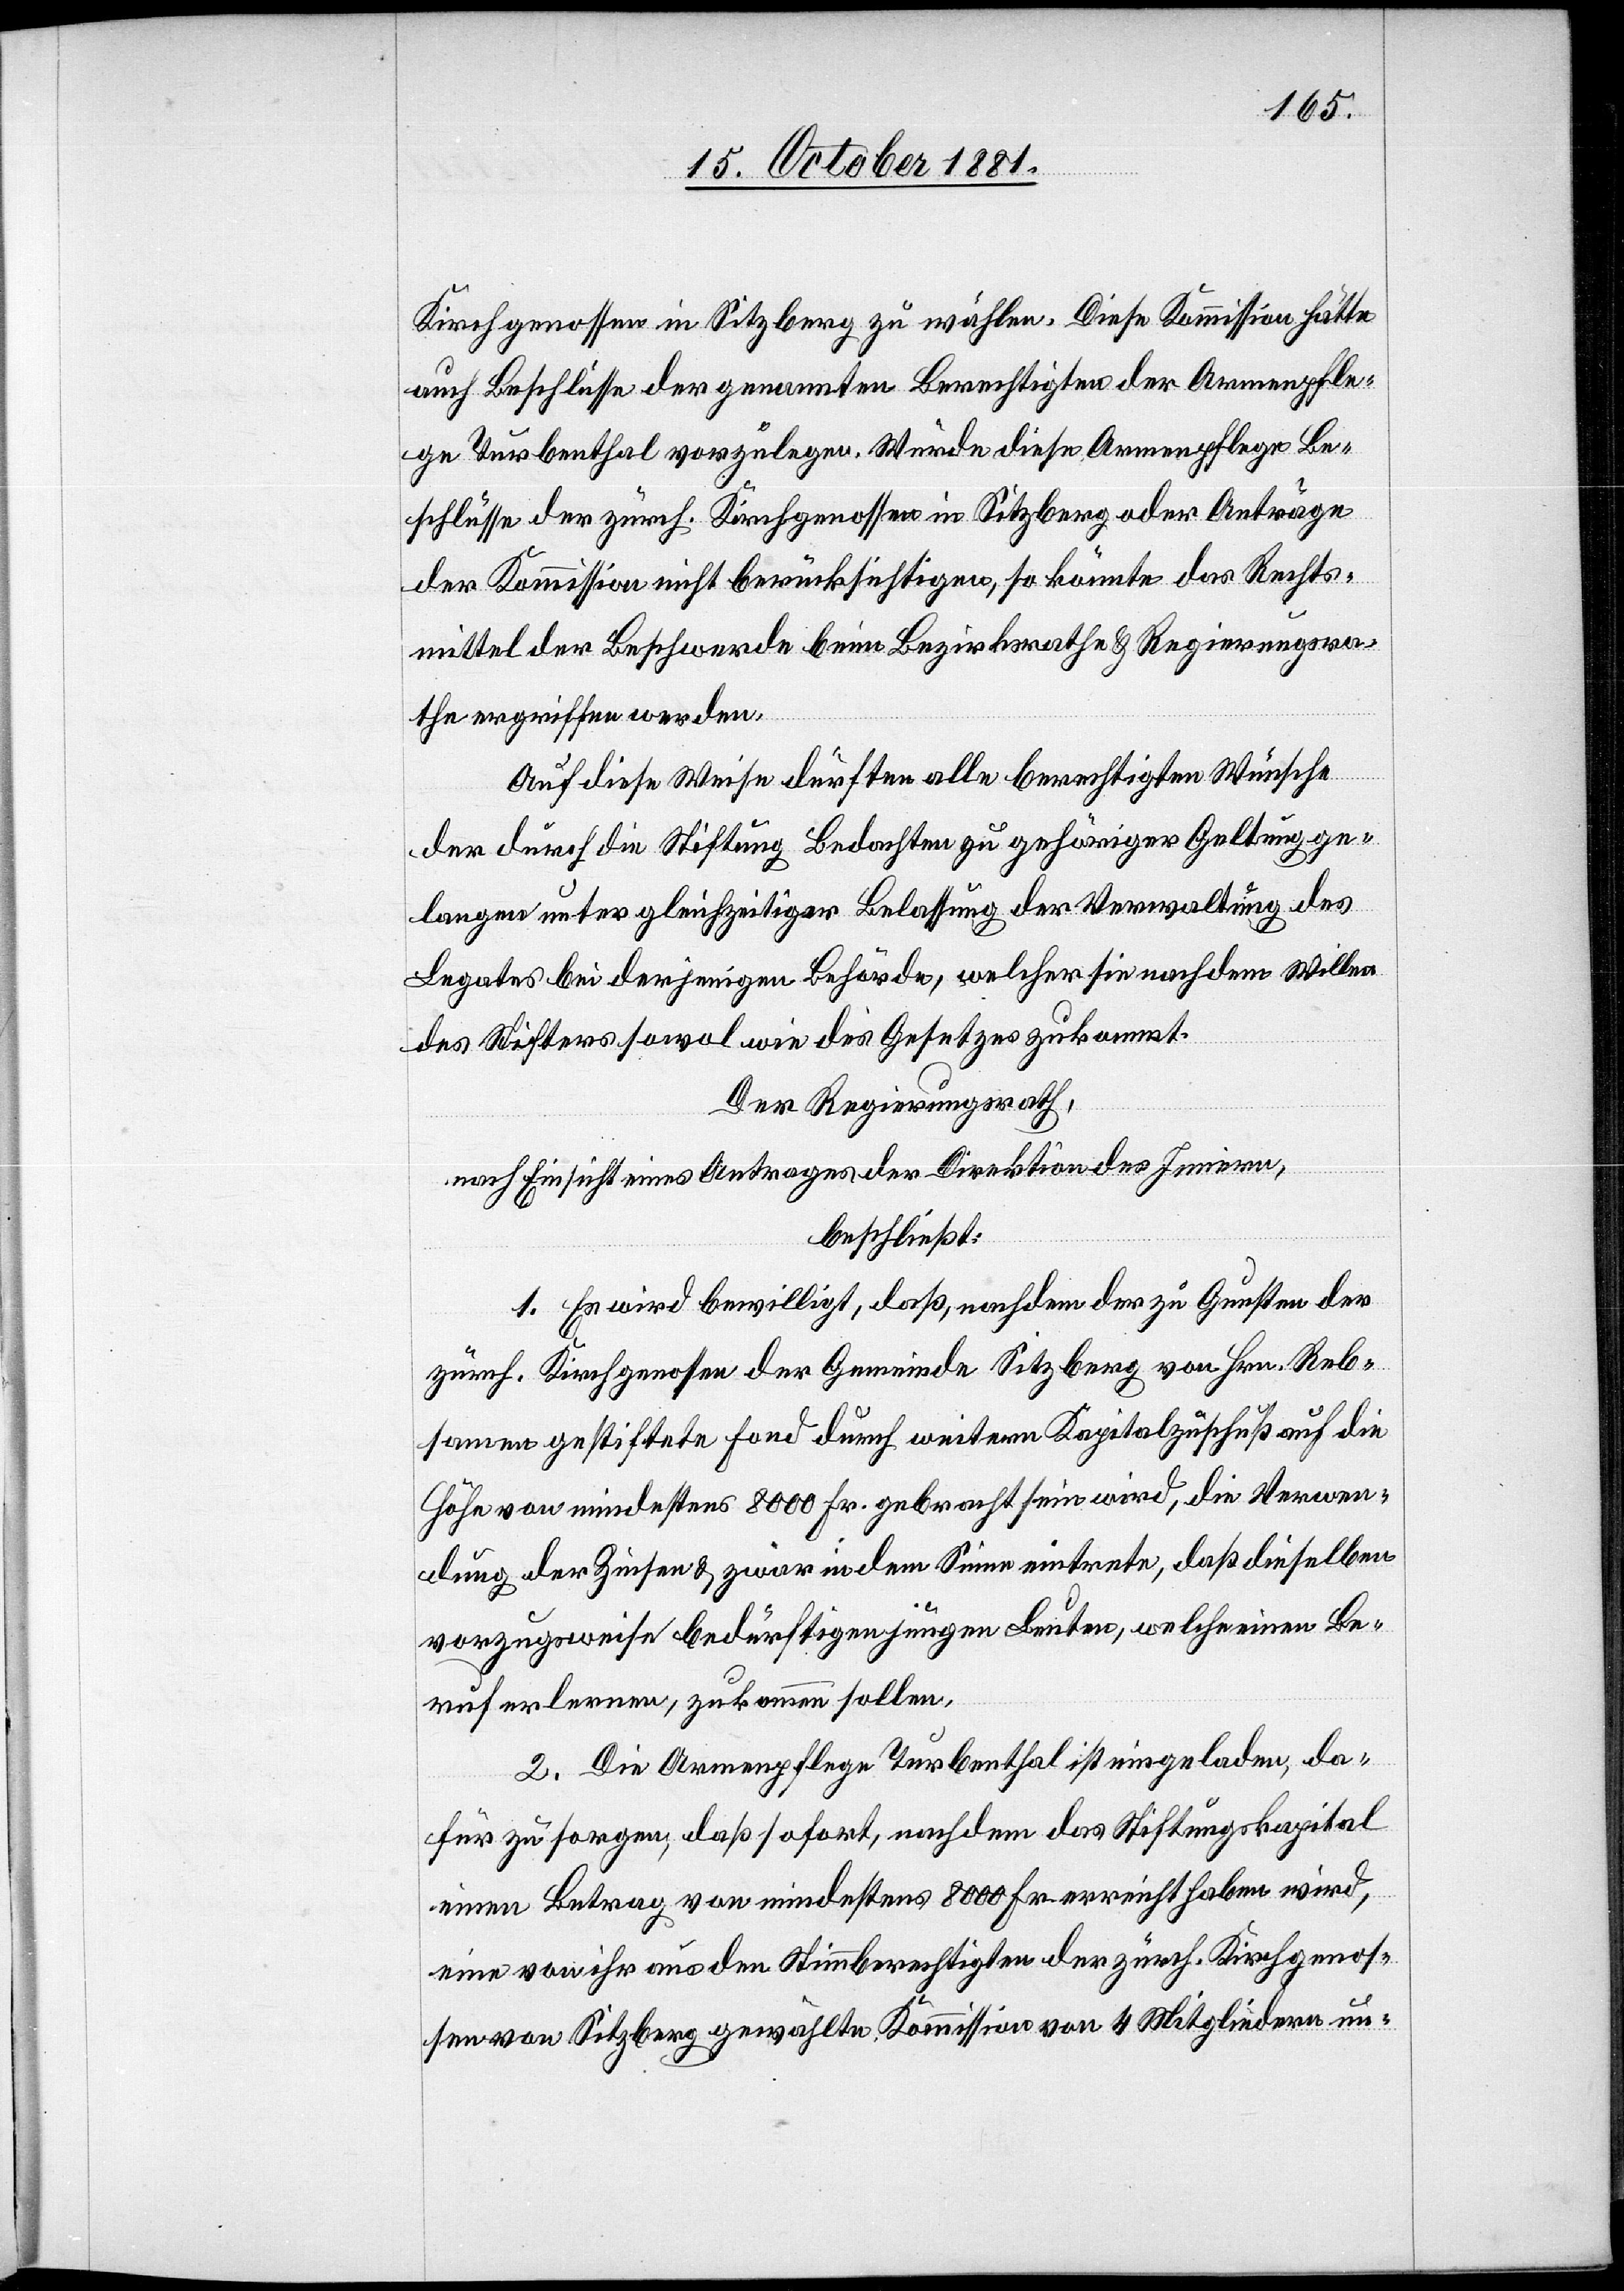
Kirchgenossen in Sitzberg zu wählen. Diese Kommission hätte
auch Beschlüsse der genannten Berechtigten der Armenpfle¬
ge Turbenthal vorzulegen. Würde diese Armenpflege Be¬
schlüsse der zürch. Kirchgenossen in Sitzberg oder Anträge
der Kommission nicht berücksichtigen, so könnte das Rechts¬
mittel der Beschwerde beim Bezirksrathe & Regierungsra¬
the ergriffen werden.
Auf diese Weise dürften alle berechtigten Wünsche
der durch die Stiftung Bedachten zu gehöriger Geltung ge¬
langen unter gleichzeitiger Belassung der Verwaltung des
Legates bei derjenigen Behörde, welcher sie nach dem Willen
des Stifters sowol wie des Gesetzes zukommt.
Der Regierungsrath,
nach Einsicht eines Antrages der Direktion des Innern,
beschließt:
1. Es wird bewilligt, daß, nachdem der zu Gunsten des
zürch. Kirchgenossen der Gemeinde Sitzberg von Hr. Reb¬
samen gestiftete Fond durch weitern Kapitalzuschuß auf die
Höhe von mindestens 8000 Fr. gebracht sein wird, die Verwen¬
dung der Zinsen & zwar in dem Sinne eintreten, daß dieselben
vorzugsweise bedürftigen Leuten, welche einen Be¬
ruf erlernen, zukommen sollen.
2. Die Armenpflege Turbenthal ist eingeladen, da¬
für zu sorgen, daß sofort, nachdem das Stiftungskapital
einen Betrag von mindestens 8000 Fr. erreicht haben wird,
eine von ihr aus den Stimmberechtigten der zürch. Kirchgenos¬
sen von Sitzberg gewählten Kommission von 4 Mitgliedern un-